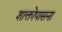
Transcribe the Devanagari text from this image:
शाक्तोपासना